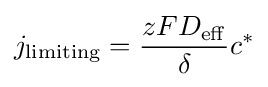
j_{\text{limiting}}={\frac {zFD_{\rm {eff}}}{\delta }}c^{*}